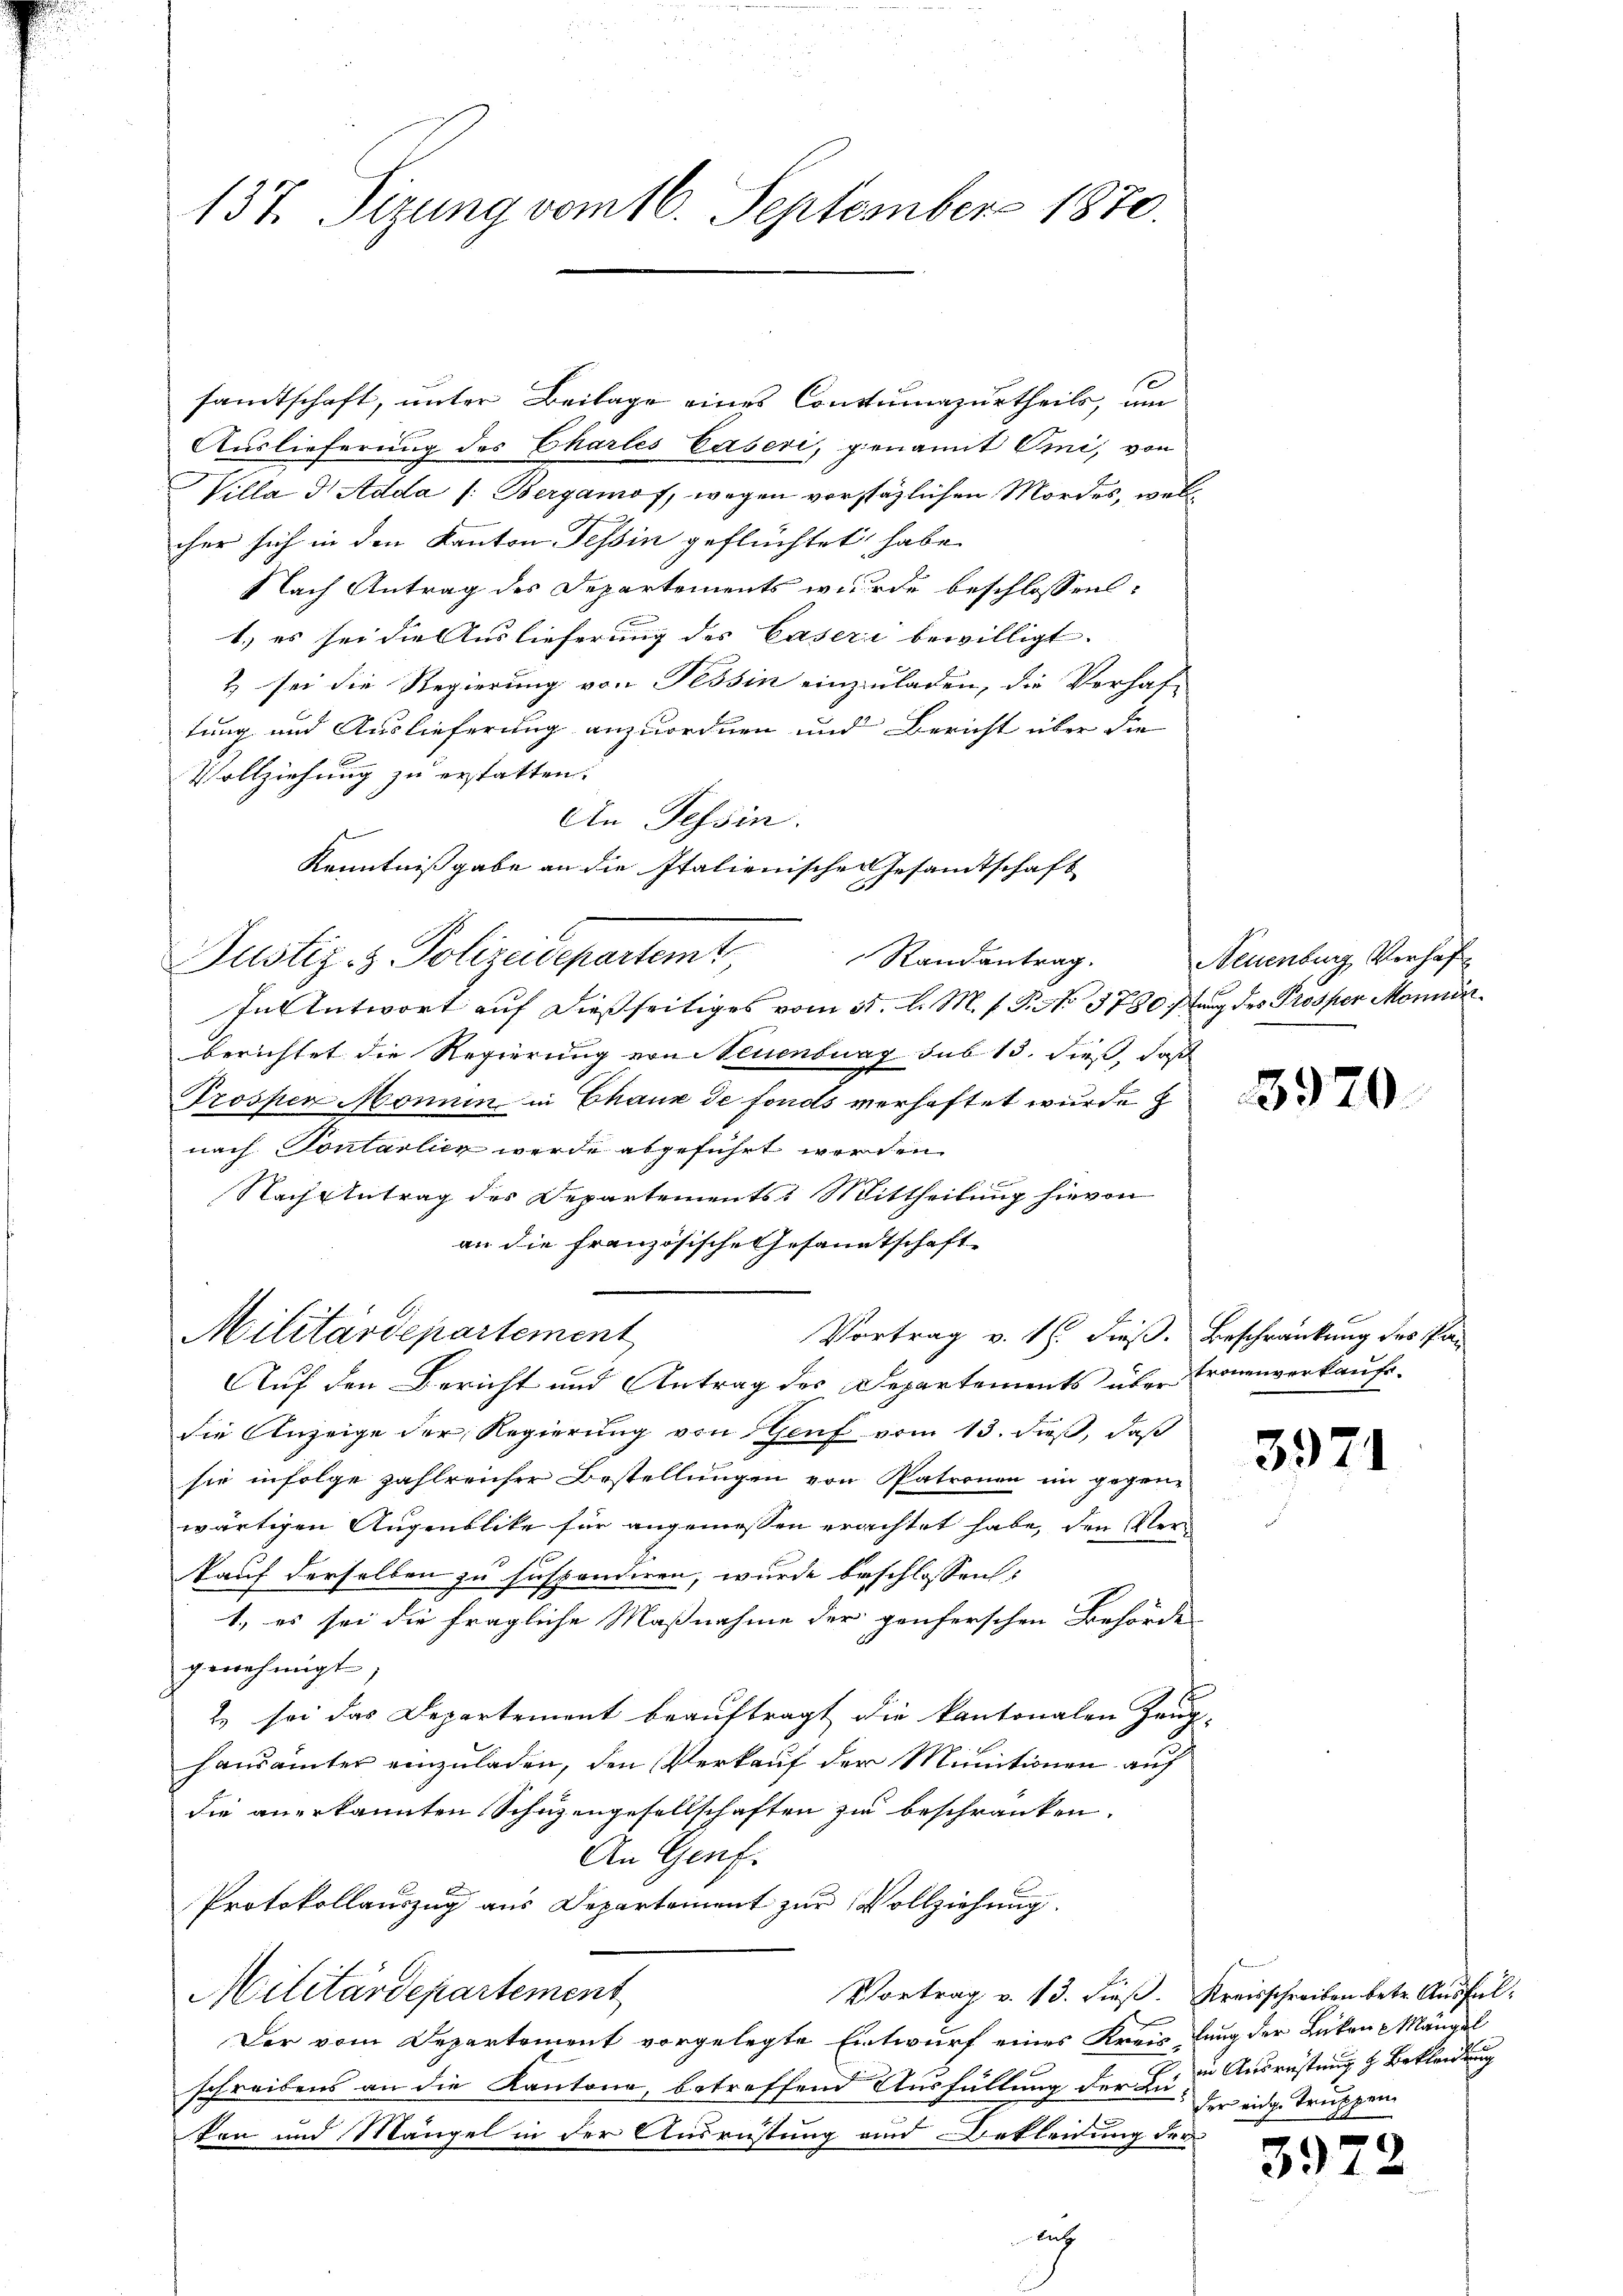
137. Sizung vom 16. September 1870.

samtschaft, unter Beilage eines Contumazurtheils, um
Auslieferung des Charles Caseri, genannt Omi, von
Willa D Adda /: Bergamof, wegen vorstätlichen Mordes, welcher sich in den Kanton Tessin geflüchtet habe.
Nach Antrag des Departements wurde beschlossen:
1.) es sei die Auslieferung des Caseri bewilligt.
2) sei die Regierung von Tessin einzuladen, die Verhaf-
tung und Auslieferung anzuordnen und Bericht über die
Vollziehung zu erstatten.
An Tessin.
In Antwort auf dießseitiges vom 31. l. M. f. P. Nr. 1730 stung des Prosper Monnin
berichtet die Regierung von Neuenburg sub 15. dieß, daß
Trossen Monnin in Chaux de fonds verhaftet wurde z
nach Pontalien werde abgeführt werden.
Nach Antrag des Departements: Mittheilung hievon
an die französische Gesandtschaft
Militärdepartement
Vortrag v. 18. dieß. Beschränkung des Pan
Auf den Bericht und Antrag des Departements über Fronenverkaufe.
die Anzeige der Regierung von Genf vom 13. dieß, daß
sie infolge zahlreicher Bestellungen von Patronen im gegenwärtigen Augenblike für angemessen erachtet habe, den Verkauf derselben zu suspendiren, wurde beschlossen:
1., es sei die fragliche Maßnahme der genferschen Behörde
genehmigt,
2) sei das Departement beauftragt die kantonalen Zeug-
hansämter einzuladen, den Verkauf der Minitionen auf
die anerkannten Schutzengesellschaften zu beschränken.
An Genf.
Protokollauszug aus Departement zur Vollziehung.
Militärdepartement
Vortrag v. 13. dieß. Kreisschreiben betr. Ausfül¬
Der vom Departement vorgelegte Entwurf eines Kreis lung der Likane Mängel
schreibens an die Kantone, betreffend Ausfüllung der Lä-
ken und Mängel in der Ausrüstung und Bekleidung der
A

Kenntnissgabe an die Italienischen Gesamtschaft
Justiz- & Polizeidepartemt
Randantrag.

Neuenburg Verhaf

3970.

3971

in Ausrüstung & Bekleidung
der eige Truppen

3972